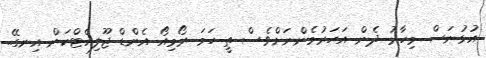
އުޅުނަސް މިހާރު ދެން އަހަރުމެންނަަށްވެސް ތީ ހަމަ ރޯމިއޯ އެންޑް ޖޫލިއެޓްކަން އިނގޭ..